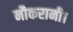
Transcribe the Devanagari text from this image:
नौकरानी।